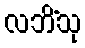
လဘိံသု